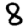
Digit: 8